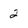
Character: 2